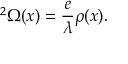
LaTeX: { \bf \nabla } ^ { 2 } \Omega ( x ) = \frac { e } { \lambda } \rho ( x ) .